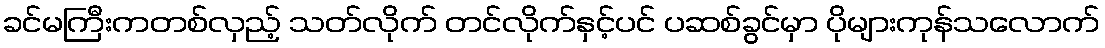
ခင်မကြီးကတစ်လှည့် သတ်လိုက် တင်လိုက်နှင့်ပင် ပဆစ်ခွင်မှာ ပိုများကုန်သလောက်